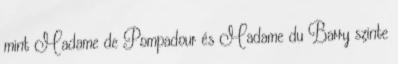
mint Madame de Pompadour és Madame du Barry szinte